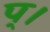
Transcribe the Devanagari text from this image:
प्।